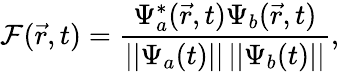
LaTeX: \mathcal{F}(\vec{r},t)=\frac{\Psi_{a}^{*}(\vec{r},t)\Psi_{b}(\vec{r},t)}{\vert\vert\Psi_{a}(t)\vert\vert\, \vert\vert\Psi_{b}(t)\vert\vert},